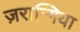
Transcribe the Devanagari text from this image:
ज़रान्गिया